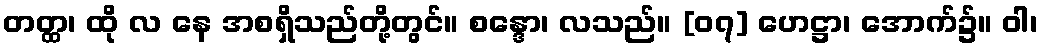
တတ္ထ၊ ထို လ နေ အစရှိသည်တို့တွင်။ စန္ဒော၊ လသည်။ [၀၇] ဟေဋ္ဌာ၊ အောက်၌။ ဝါ၊